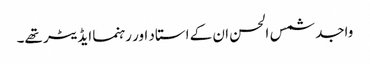
واجد شمس الحسن ان کے استاد اور رہنما ایڈیٹر تھے۔